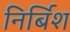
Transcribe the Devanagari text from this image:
निर्बिश